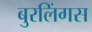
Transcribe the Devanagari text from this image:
बुरलिंगस